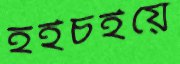
হইচইয়ে